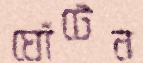
ঘোঁটেন